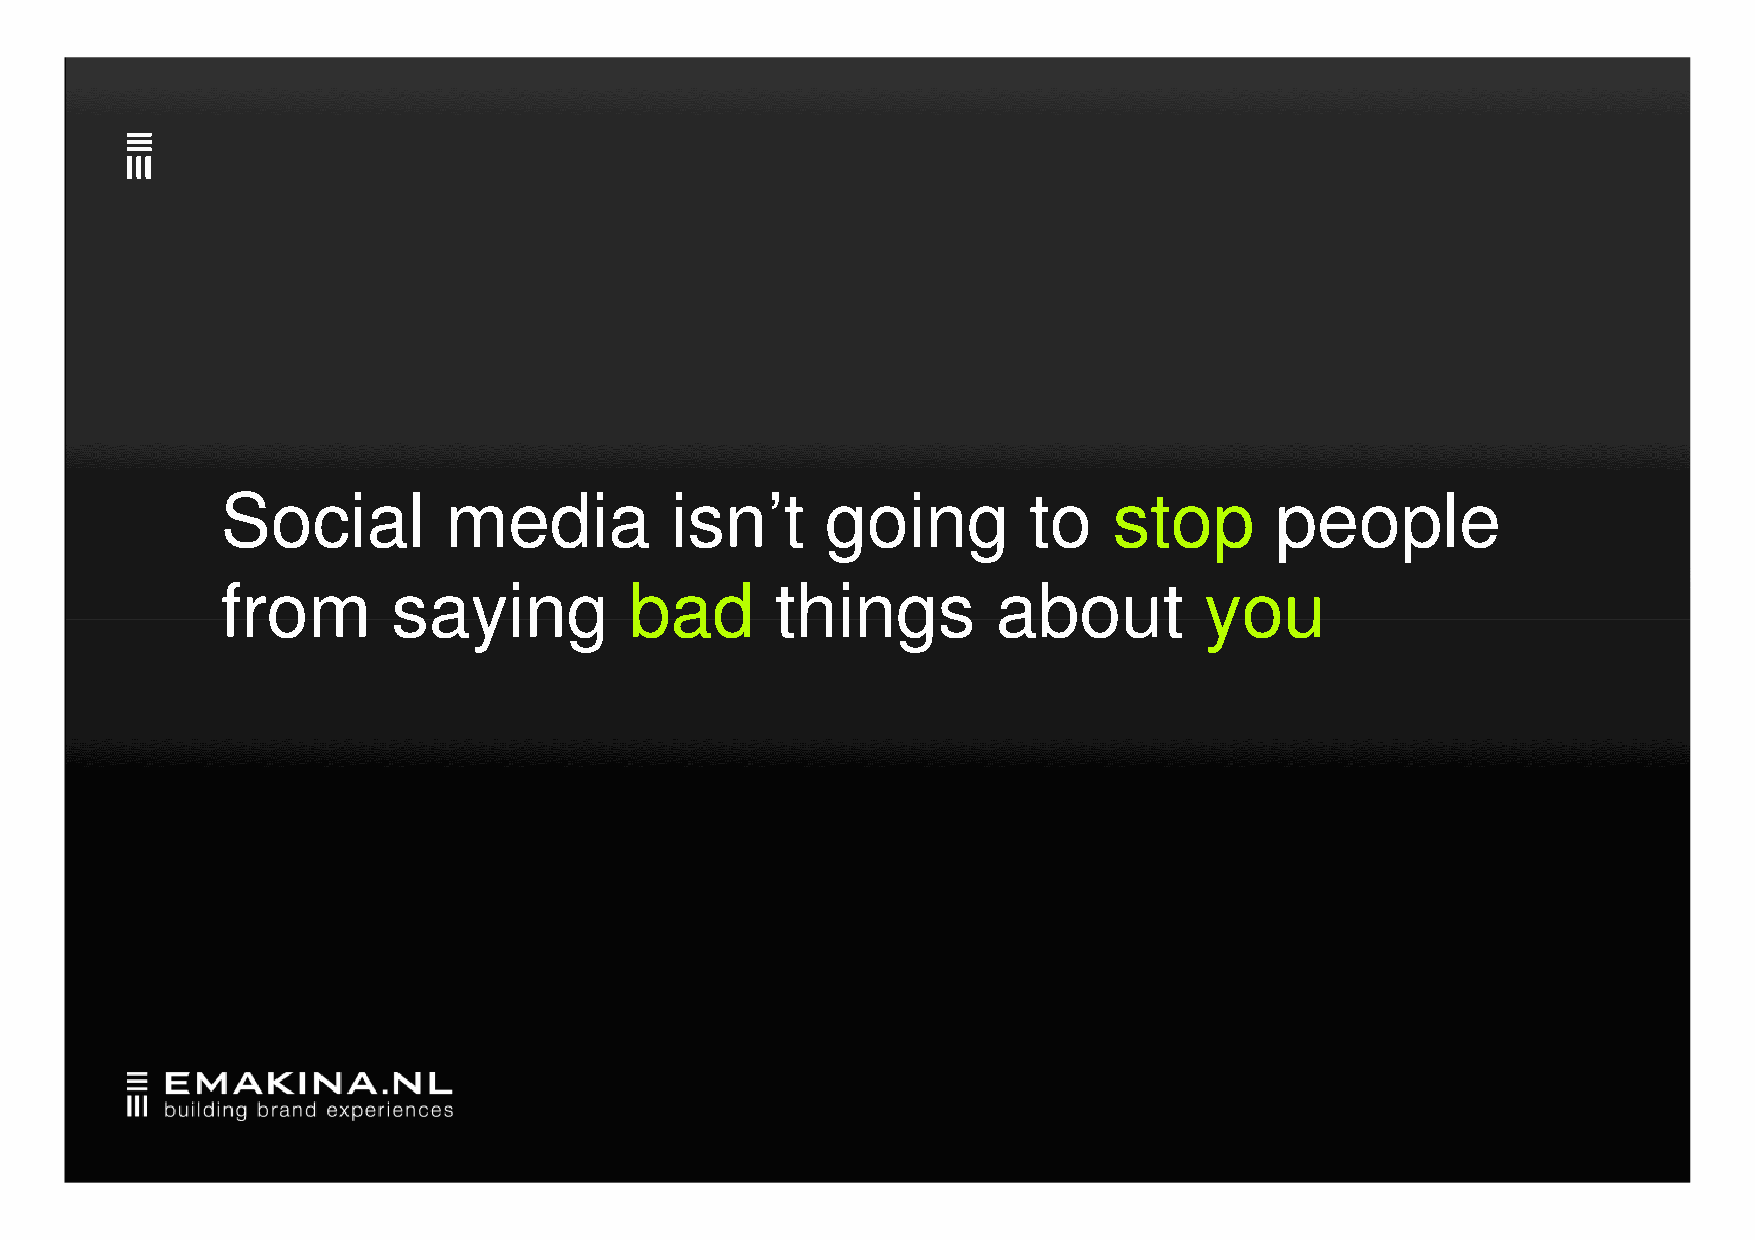
Social        media          isn’t      going        to    stop      people
 ffrroomm   ssaayyiinngg    bbaadd   tthhiinnggss   aabboouutt    yyoouu